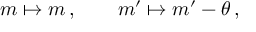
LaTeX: m \mapsto m \, , \qquad m ^ { \prime } \mapsto m ^ { \prime } - \theta \, ,